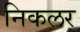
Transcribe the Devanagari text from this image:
निकलर